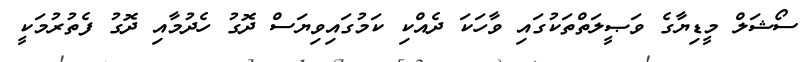
ސޯޝަލް މީޑިޔާގެ ވަޞީލަތްތަކުގައި ވާހަކަ ދެއްކި ކަމުގައިވިޔަސް ދޮގު ހެދުމާއި ދޮގު ފެތުރުމަކީ